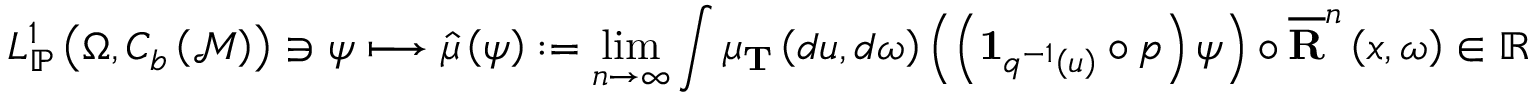
L _ { \mathbb { P } } ^ { 1 } \left( \Omega , C _ { b } \left( \mathcal { M } \right) \right) \ni \psi \longmapsto \hat { \mu } \left( \psi \right) : = \operatorname* { l i m } _ { n \rightarrow \infty } \int \mu _ { \mathbf { T } } \left( d u , d \omega \right) \left( \left( \mathbf { 1 } _ { q ^ { - 1 } \left( u \right) } \circ p \right) \psi \right) \circ \overline { { \mathbf { R } } } ^ { n } \left( x , \omega \right) \in \mathbb { R }